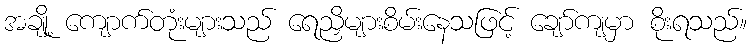
အချို့ ကျောက်တုံးများသည် ရေညှိများစိမ်းနေသဖြင့် ချော်ကျမှာ စိုးရသည်။